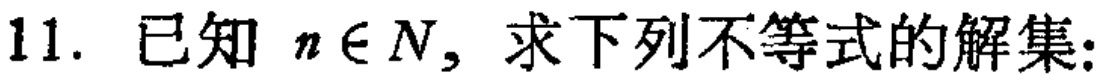
11. 已知 \(n\in N\)，求下列不等式的解集：